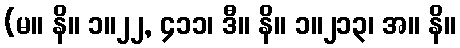
(မ။ နိ။ ၁။၂၂, ၄၁၁၊ ဒီ။ နိ။ ၁။၂၁၃၊ အ။ နိ။